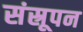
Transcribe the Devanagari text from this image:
संस्रूपन